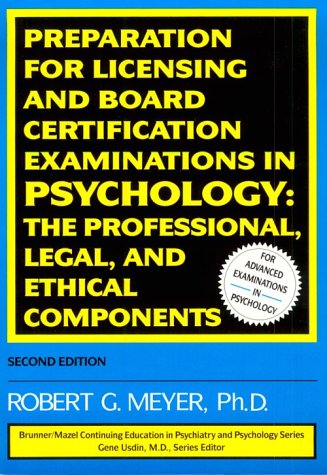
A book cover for Preparation For Licensing And Board Certification Examinations in Psychology: The Professional Legal & Ethical Components (Brunner/Mazel Continu); Robert G. Meyer; Medical Books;